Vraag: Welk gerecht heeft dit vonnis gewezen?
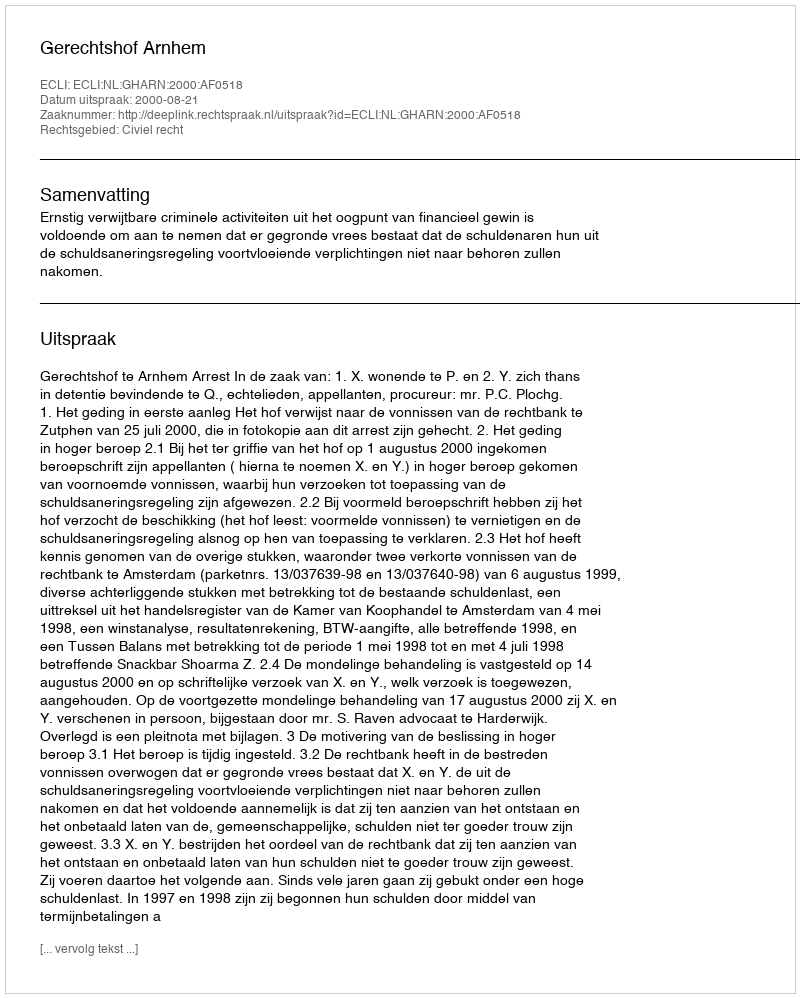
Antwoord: Gerechtshof Arnhem